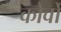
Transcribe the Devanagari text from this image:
कोर्वो